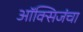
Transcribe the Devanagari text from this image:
ऑक्सिजंचा